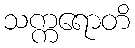
သက္ကရောတိ